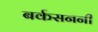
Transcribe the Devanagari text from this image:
बर्कसननी